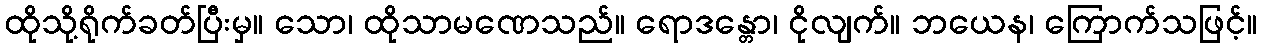
ထိုသို့ရိုက်ခတ်ပြီးမှ။ သော၊ ထိုသာမဏေသည်။ ရောဒန္တော၊ ငိုလျက်။ ဘယေန၊ ကြောက်သဖြင့်။